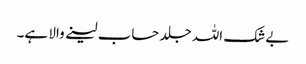
بےشک اللہ جلد حساب لینے والا ہے۔